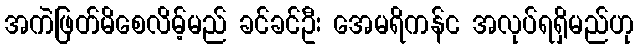
အကဲဖြတ်မိစေလိမ့်မည် ခင်ခင်ဦး အေမရိကန်င အလုပ်ရရှိမည်ဟု